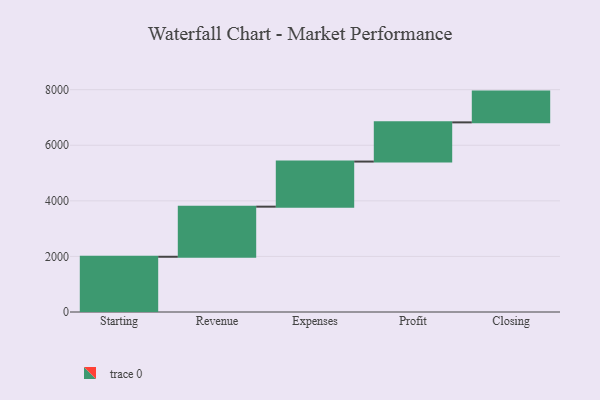
{"axis": {"x": "Step", "y": "Value"}, "legend": [""], "data": [{"x": "Starting", "y": 1987.0, "type": ""}, {"x": "Revenue", "y": 1803.0, "type": ""}, {"x": "Expenses", "y": 1623.0, "type": ""}, {"x": "Profit", "y": 1410.0, "type": ""}, {"x": "Closing", "y": 1107.0, "type": ""}]}